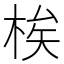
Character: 𬂼